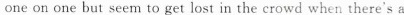
one on one but seem to get lost in the crowd when there's a